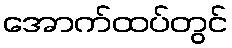
အောက်ထပ်တွင်